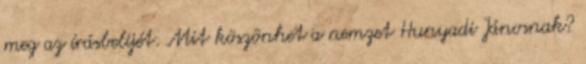
meg az írásbelijét. Mit köszönhet a nemzet Hunyadi Jánosnak?